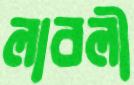
লাবলী